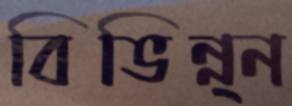
বিভিন্ন্ন